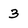
Character: 3